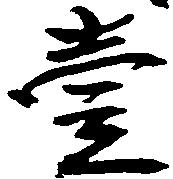
壱